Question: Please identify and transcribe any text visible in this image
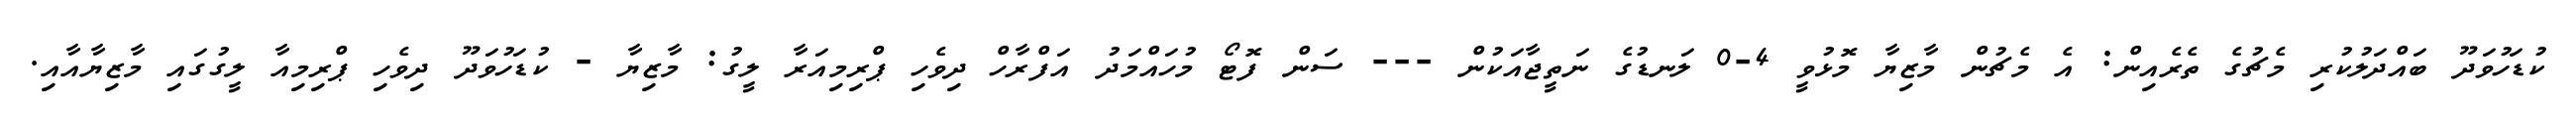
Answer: ކުޑަހުވަދޫ ބައްދަލުކުރި މެޗުގެ ތެރެއިން: އެ މެޗުން މާޒިޔާ މޮޅުވީ 4-0 ލަނޑުގެ ނަތީޖާއަކުން --- ސަން ފޮޓޯ މުހައްމަދު އަފްރާހް ދިވެހި ޕްރިމިއަރާ ލީގު: މާޒިޔާ - ކުޑަހުވަދޫ ދިވެހި ޕްރިމިއާ ލީގުގައި މާޒިޔާއާއި.